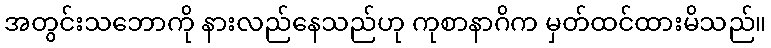
အတွင်းသဘောကို နားလည်နေသည်ဟု ကုစာနာဂိက မှတ်ထင်ထားမိသည်။